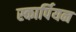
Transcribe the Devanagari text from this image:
स्कार्पियन